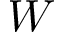
W